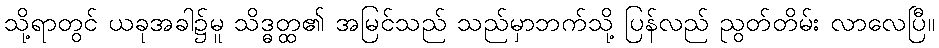
သို့ရာတွင် ယခုအခါ၌မူ သိဒ္ဓတ္ထ၏ အမြင်သည် သည်မှာဘက်သို့ ပြန်လည် ညွတ်တိမ်း လာလေပြီ။